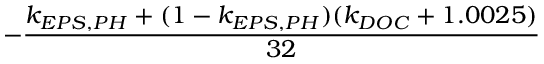
- \frac { k _ { E P S , P H } + ( 1 - k _ { E P S , P H } ) ( k _ { D O C } + 1 . 0 0 2 5 ) } { 3 2 }